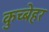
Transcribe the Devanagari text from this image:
कुच्बेहर